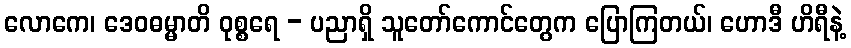
လောကေ၊ ဒေဝဓမ္မာတိ ဝုစ္စရေ - ပညာရှိ သူတော်ကောင်တွေက ပြောကြတယ်၊ ဟောဒီ ဟိရီနဲ့